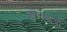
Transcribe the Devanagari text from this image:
अस्मितांची